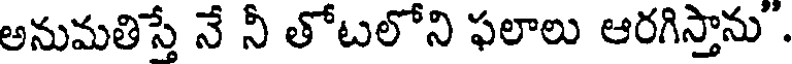
అనుమతిస్తే నే నీ తోటలోని ఫలాలు ఆరగిస్తాను .